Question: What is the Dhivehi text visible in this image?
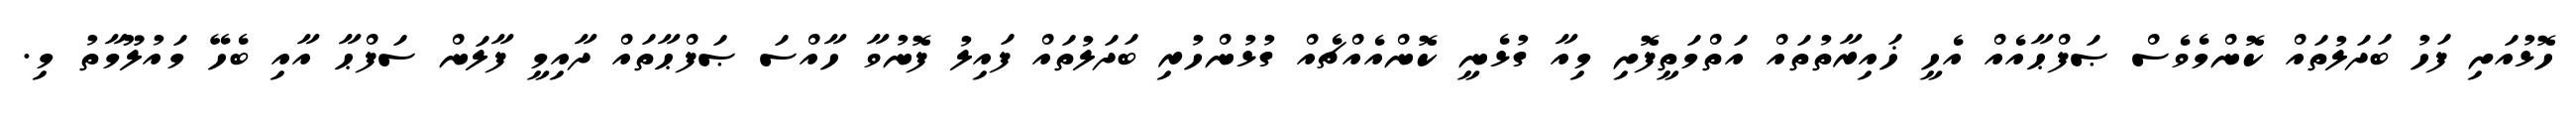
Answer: ހޮޅުއަށި ފަހު ބަދަލުތައް ކޮންމެވެސް ޞަފްޙާއެއް އެހީ ޚައިރާތުތައް އަތްމަތީފޮށި މިއާ ގުޅެނީ ކޮންއެއްޗެއް ގުޅުންހުރި ބަދަލުތައް ފައިލު ފޮނުވާ ހާއްސަ ޞަފްޙާތައް ދާއިމީ ފާލަން ސަފްޙާ އާއި ބެހޭ މައުލޫމާތު މި.